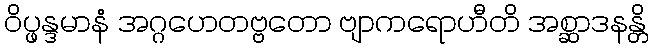
ဝိပ္ဖန္ဒမာနံ အဂ္ဂဟေတဗ္ဗတော ဗျာကရောဟီတိ အစ္ဆာဒနန္တိ